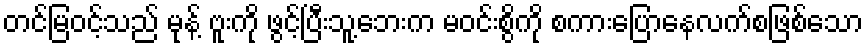
တင်မြဝင့်သည် မုန့် ဗူးကို ဖွင့်ပြီးသူ့ဘေးက မဝင်းစွိကို စကားပြောနေလက်စဖြစ်သော